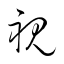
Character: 視